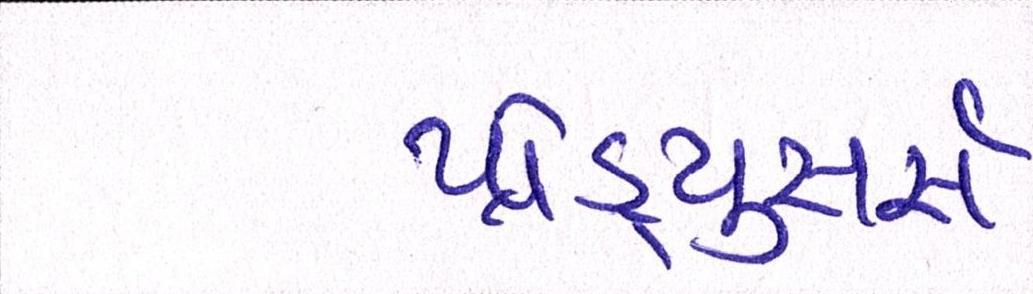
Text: પ્રોડ્યુસર્સ